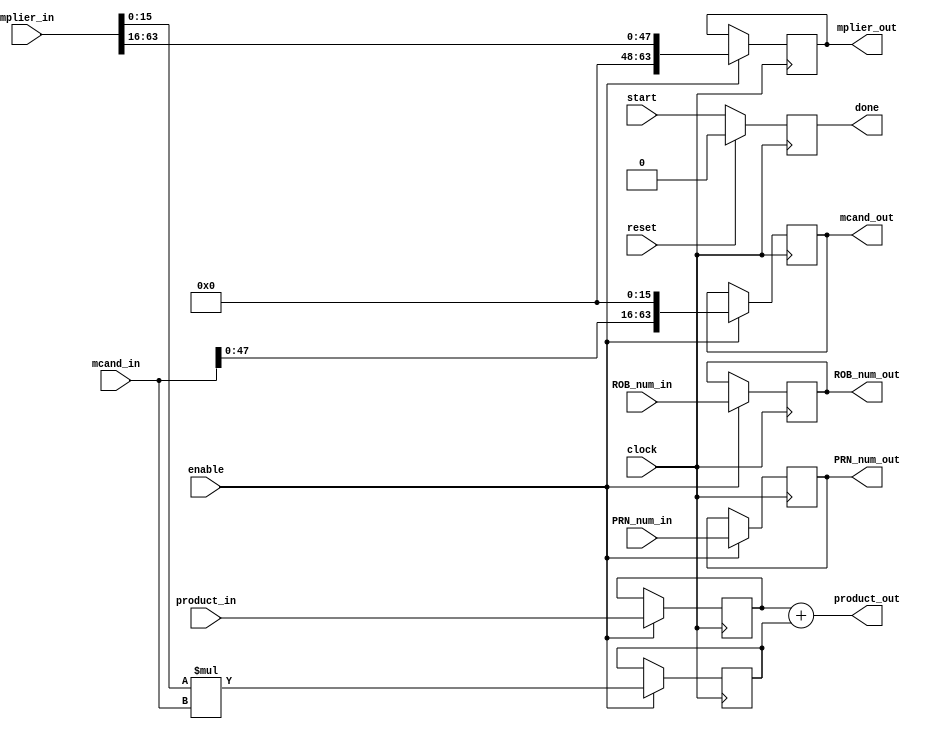
// This is one stage of an 8 stage (9 depending on how you look at it)
// pipelined multiplier that multiplies 2 64-bit integers and returns
// the low 64 bits of the result.  This is not an ideal multiplier but
// is sufficient to allow a faster clock period than straight *
module mult_stage(clock,
                  reset,
                  enable,
                  product_in,
                  mplier_in,
                  mcand_in,
                  ROB_num_in,
                  PRN_num_in,
                  start,

                  product_out,
                  mplier_out,
                  mcand_out,
                  ROB_num_out,
                  PRN_num_out,
                  done);

  input         clock,  reset,  start,  enable;
  input [63:0]  product_in, mplier_in, mcand_in;
  input  [5:0]  ROB_num_in;
  input  [6:0]  PRN_num_in;

  output        done;
  output [63:0] product_out, mplier_out, mcand_out;
  output  [5:0] ROB_num_out;
  output  [6:0] PRN_num_out;

  reg  [63:0]   prod_in_reg, partial_prod_reg;
  wire [63:0]   partial_product, next_mplier, next_mcand;
  wire  [5:0]   next_ROB_num;
  wire  [6:0]   next_PRN_num;

  reg [63:0]    mplier_out, mcand_out;
  reg  [5:0]    ROB_num_out;
  reg  [6:0]    PRN_num_out;
  reg done;

  assign product_out = prod_in_reg + partial_prod_reg;
  assign partial_product = mplier_in[15:0] * mcand_in;

  assign next_mplier = {16'b0,mplier_in[63:16]};
  assign next_mcand = {mcand_in[47:0],16'b0};
  assign next_ROB_num = ROB_num_in;
  assign next_PRN_num = PRN_num_in;

  always @(posedge clock)
  begin
    if(enable)
    begin
    prod_in_reg      <= #1 product_in;
    partial_prod_reg <= #1 partial_product;
    mplier_out       <= #1 next_mplier;
    mcand_out        <= #1 next_mcand;
    ROB_num_out      <= #1 next_ROB_num;
    PRN_num_out      <= #1 next_PRN_num;
    end
  end

  always @(posedge clock)
  begin
    if(reset)
      done <= #1 1'b0;
    else
      done <= #1 start;
  end

endmodule